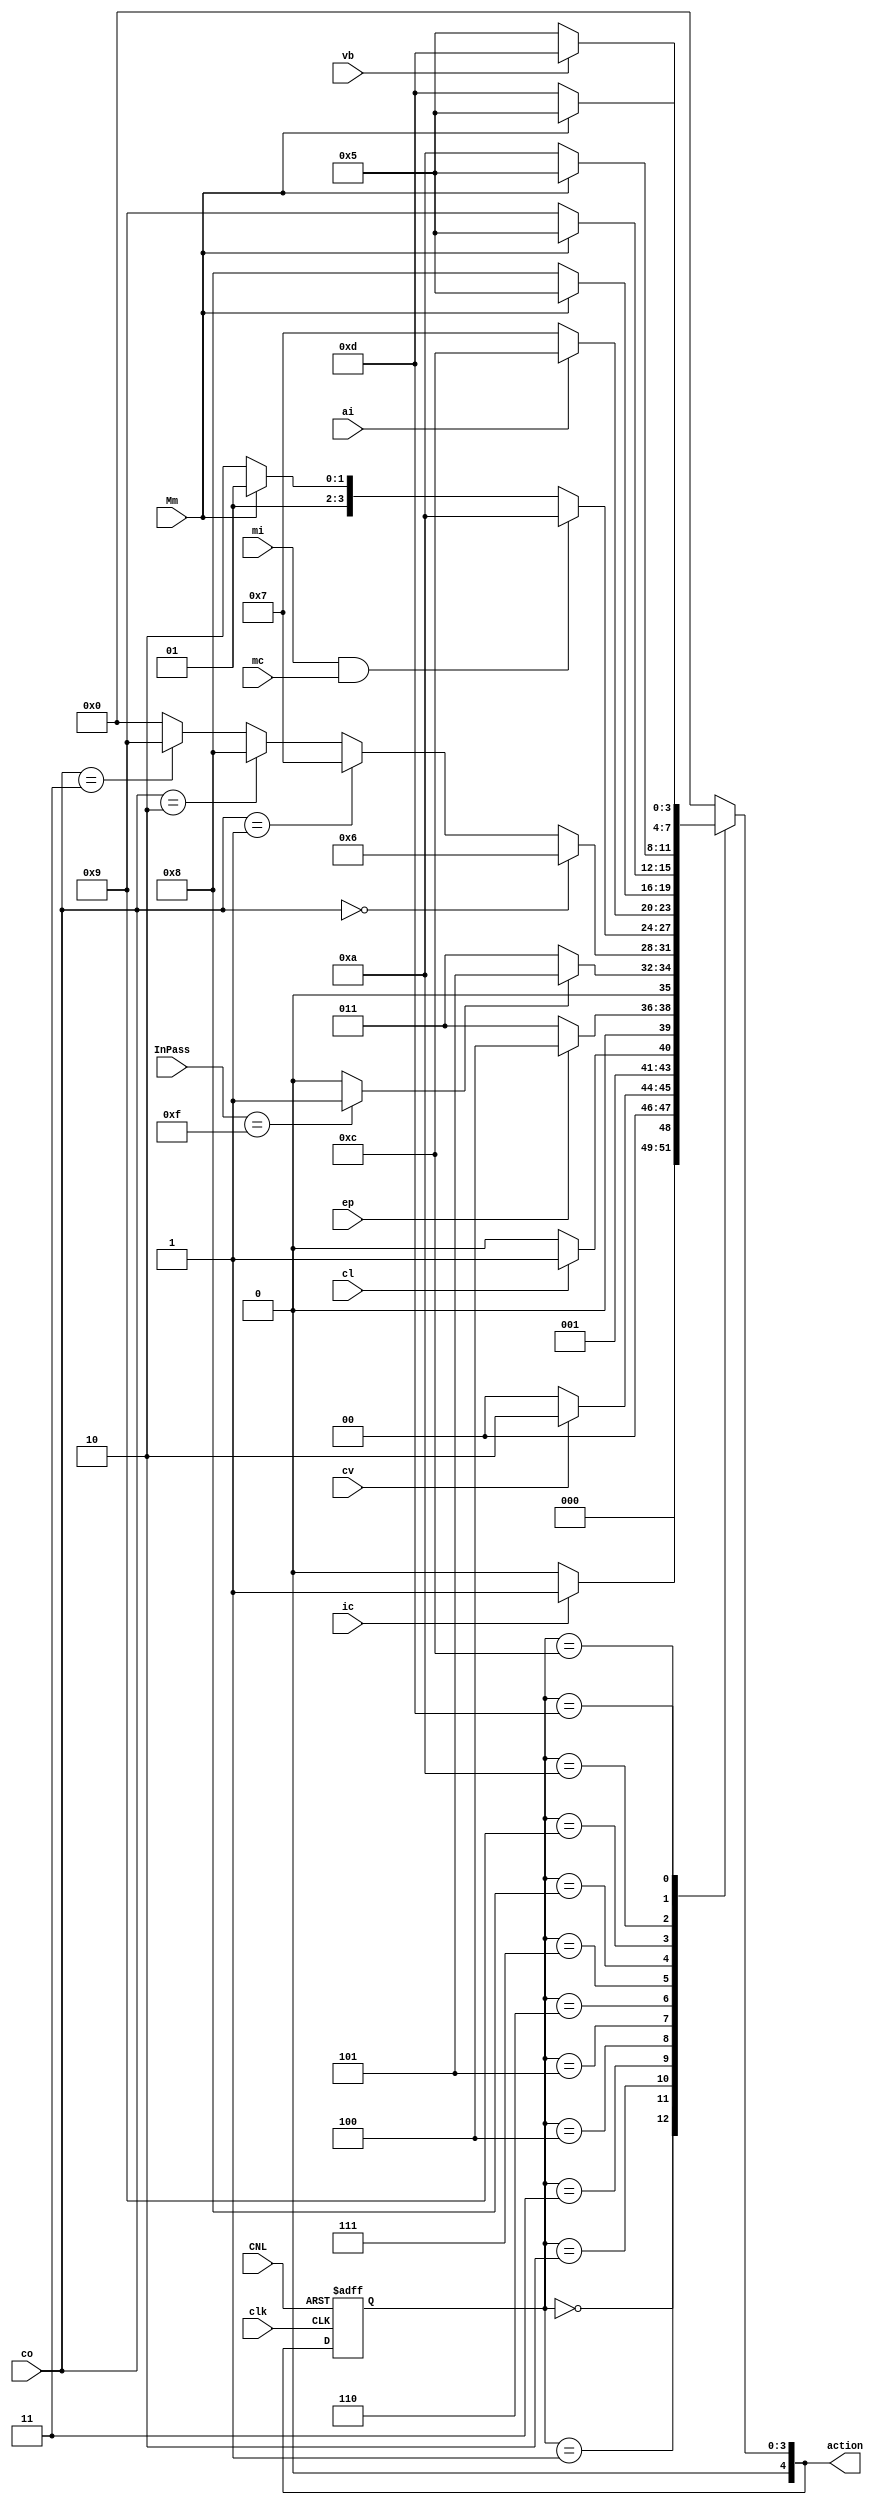
module Design (
input ic ,
input cv,
input cl,
input ep,
input [1:0] co,
input mc,
input mi,
input CNL,
input ai,
input vb,

input clk,
input Mm,
input[3:0] InPass,
output reg [4:0] action


);

 

reg vp;
reg [4:0] CurrentState; 
reg [4:0] nextState ;
reg [3:0] Password= 4'b1111;

 
parameter IDLE= 5'b00000;

 

always @(posedge clk or posedge CNL) 
begin
    if(CNL)
    begin
        CurrentState<=IDLE;
    end
    else
    begin
        CurrentState<=nextState;
    end
end

 


parameter S1  = 5'b00001;
parameter S2  = 5'b00010;
parameter S3  = 5'b00011;
parameter S4  = 5'b00100;
parameter S5  = 5'b00101;
parameter S6  = 5'b00110;
parameter S7  = 5'b00111;
parameter S8  = 5'b01000;
parameter S9  = 5'b01001;
parameter S10 = 5'b01010;

parameter S12 = 5'b01100;
parameter S13 = 5'b01101;


 

 

always @ (*)
begin
    case (CurrentState)
    IDLE : begin 
          if(ic==0) begin
          nextState=IDLE;
	
			 action = 5'b00000;
			 end
          else 
			 begin
          nextState=S1;

			 action = 5'b00001;
			 end
          
          end

 

    S1  : begin
         if(cv==0)
			begin
         nextState=IDLE;

			action = 5'b00000;
			end
         else 
			begin
         nextState=S2;
			action = 5'b00010;
			end
       
         end

 

    S2  : begin
         if(cl==0)
			begin
         nextState=S2;

			action = 5'b00010;
			end
         else 
			begin
         nextState=S3;

			action = 5'b00011;
			end
         
         end 
  
    S3  : begin
         if(ep==0)
			begin
         nextState=S3;

			action = 5'b00011;
			end
         else
			begin
         nextState=S4;

			action = 5'b00100;
			end
        
         end

 

    S4  : begin
         if(InPass==Password)
            vp = 1;
         else
            vp = 0;
         if(vp==0)
			begin
         nextState=S3;

			action = 5'b00011;
			end
         else 
			begin
         nextState=S5;

			action = 5'b00101;
			end
       
         end

 

    S5  : begin
         if(co==2'b00)
			begin
         nextState=S6;

			action = 5'b00110;
			end
         else if (co==2'b01)
			begin
         nextState=S7;

			action = 5'b00111;
			end
         else if(co==2'b10)
			begin
         nextState=S8;

			action = 5'b01000;
			end
         else if(co==2'b11)
			begin
         nextState=S9;

			action = 5'b01001;
			end
         else 
			begin
         nextState=IDLE;

			action = 5'b00000;
			end
         end 

 

    S6  : begin
         
         if(mi==1 && mc==1)
			begin
         nextState=S10;

			action = 5'b01010;
			end
			else if(Mm)
			begin
         nextState=S5;

			action = 5'b00101;
			end
         else if (mi==0 || mc==0)
			begin
         nextState=S6;

			action = 5'b00110;
			end
         else 
			begin
         nextState=S6;

			action = 5'b00110;
			end
         
         end 

 

    S7 : begin
         if(ai==0)
			begin
         nextState=S7;

			action = 5'b00111;
			end
         else 
			begin
         nextState=S12;

			action = 5'b01100;
			end
     
end
 

    S8 : begin
         if(Mm==0)
			begin
         nextState=S8;

			action = 5'b01000;
			end
         else 
			begin
         nextState=S5;

			action = 5'b00101;
			end
       
         end

 

    S9 : begin
        if(Mm==1)
		  begin
         nextState=S5;

			action = 5'b00101;
			end

         else
		begin
         nextState=S9;

			action = 5'b01001;
			end
       
         end

 

    S10 : begin
         if(Mm==1)
			begin
         nextState=S5;

			action = 5'b00101;
			end
         else 
			begin
         nextState=S10;

			action = 5'b01010;
			end
        
         end

 
 

    S12 : begin
         if(vb==1)
			begin
         nextState=S13;
			action = 5'b01101;
			end
         else 
			begin
         nextState=S5;

			action = 5'b00101;
			end
       
         end

 

    S13 : begin
	 if(Mm==1)
			begin
         nextState=S5;

			action = 5'b00101;
	end
	else
		begin
         nextState=S13;

		action = 5'b01101;
			end
	end

 

    
        default: 
         begin
         nextState=IDLE;

			action = 5'b00000;
         end
    endcase
end
// psl assert always( (ic == 0 && CurrentState== IDLE)   -> next (action==5'b00000) ) @(posedge clk);
// psl assert always( (S3&&ep&&!CNL)    -> next (action==5'b00100) ) @(posedge clk);


endmodule